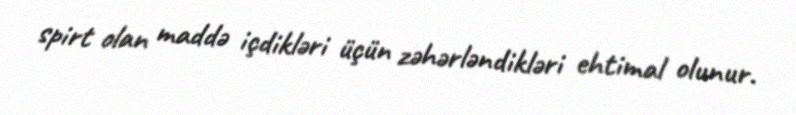
spirt olan maddə içdikləri üçün zəhərləndikləri ehtimal olunur.